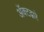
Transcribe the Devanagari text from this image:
अॅक्टद्वारे